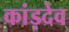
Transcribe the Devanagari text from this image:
कांड़देव